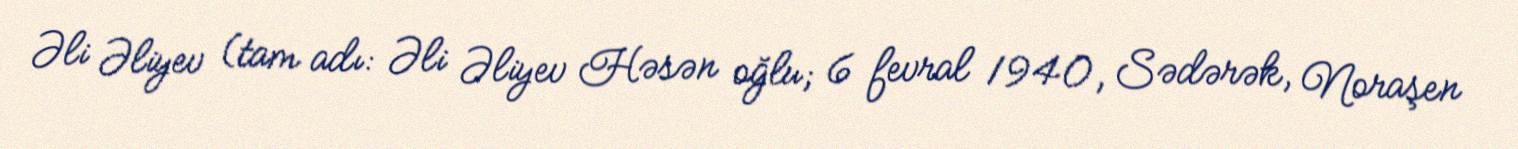
Əli Əliyev (tam adı: Əli Əliyev Həsən oğlu; 6 fevral 1940, Sədərək, Noraşen